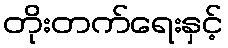
တိုးတက်ရေးနှင့်